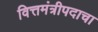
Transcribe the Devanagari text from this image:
वित्तमंत्रीपदाचा